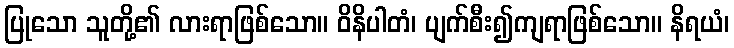
ပြုသော သူတို့၏ လားရာဖြစ်သော။ ဝိနိပါတံ၊ ပျက်စီး၍ကျရာဖြစ်သော။ နိရယံ၊